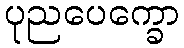
ပုညပေက္ခော